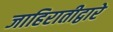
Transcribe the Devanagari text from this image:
जाहिरातीद्वारे